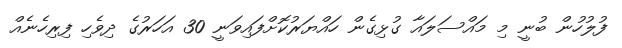
ފުލުހުން ބުނީ މި މައްސަލައާ ގުޅިގެން ހައްޔަރުކޮށްފައިވަނީ 30 އަހަރުގެ ދިވެހި ފިރިހެނެއް